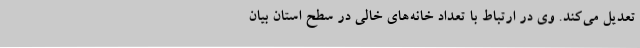
تعدیل می‌کند. وی در ارتباط با تعداد خانه‌های خالی در سطح استان بیان